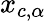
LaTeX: x_{c,\alpha}